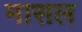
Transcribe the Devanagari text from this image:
मासल